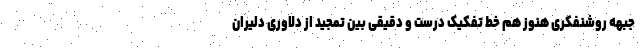
جبهه روشنفکری هنوز هم خط تفکیک درست و دقیقی بین تمجید از دلاوری دلیران